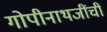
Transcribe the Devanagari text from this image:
गोपीनाथजींची